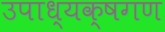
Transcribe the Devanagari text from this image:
उपाध्यक्षगण